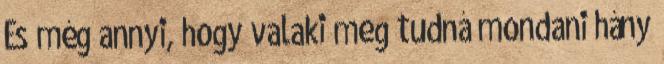
És még annyi, hogy valaki meg tudná mondani hány